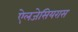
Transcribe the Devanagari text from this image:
ऐलजेसियरास